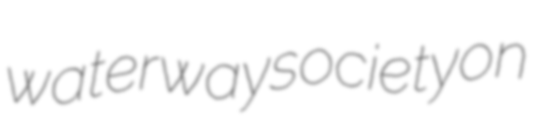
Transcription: waterway society on